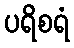
ပရိစရံ